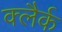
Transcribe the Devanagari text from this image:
क्लैर्क